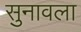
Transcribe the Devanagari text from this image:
सुनावला